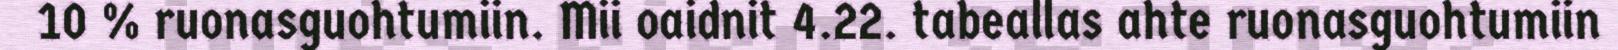
10 % ruonasguohtumiin. Mii oaidnit 4.22. tabeallas ahte ruonasguohtumiin